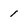
Character: 1